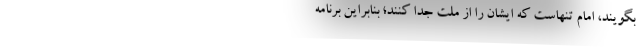
بگویند، امام تنهاست که ایشان را از ملت جدا کنند؛ بنابراین برنامه